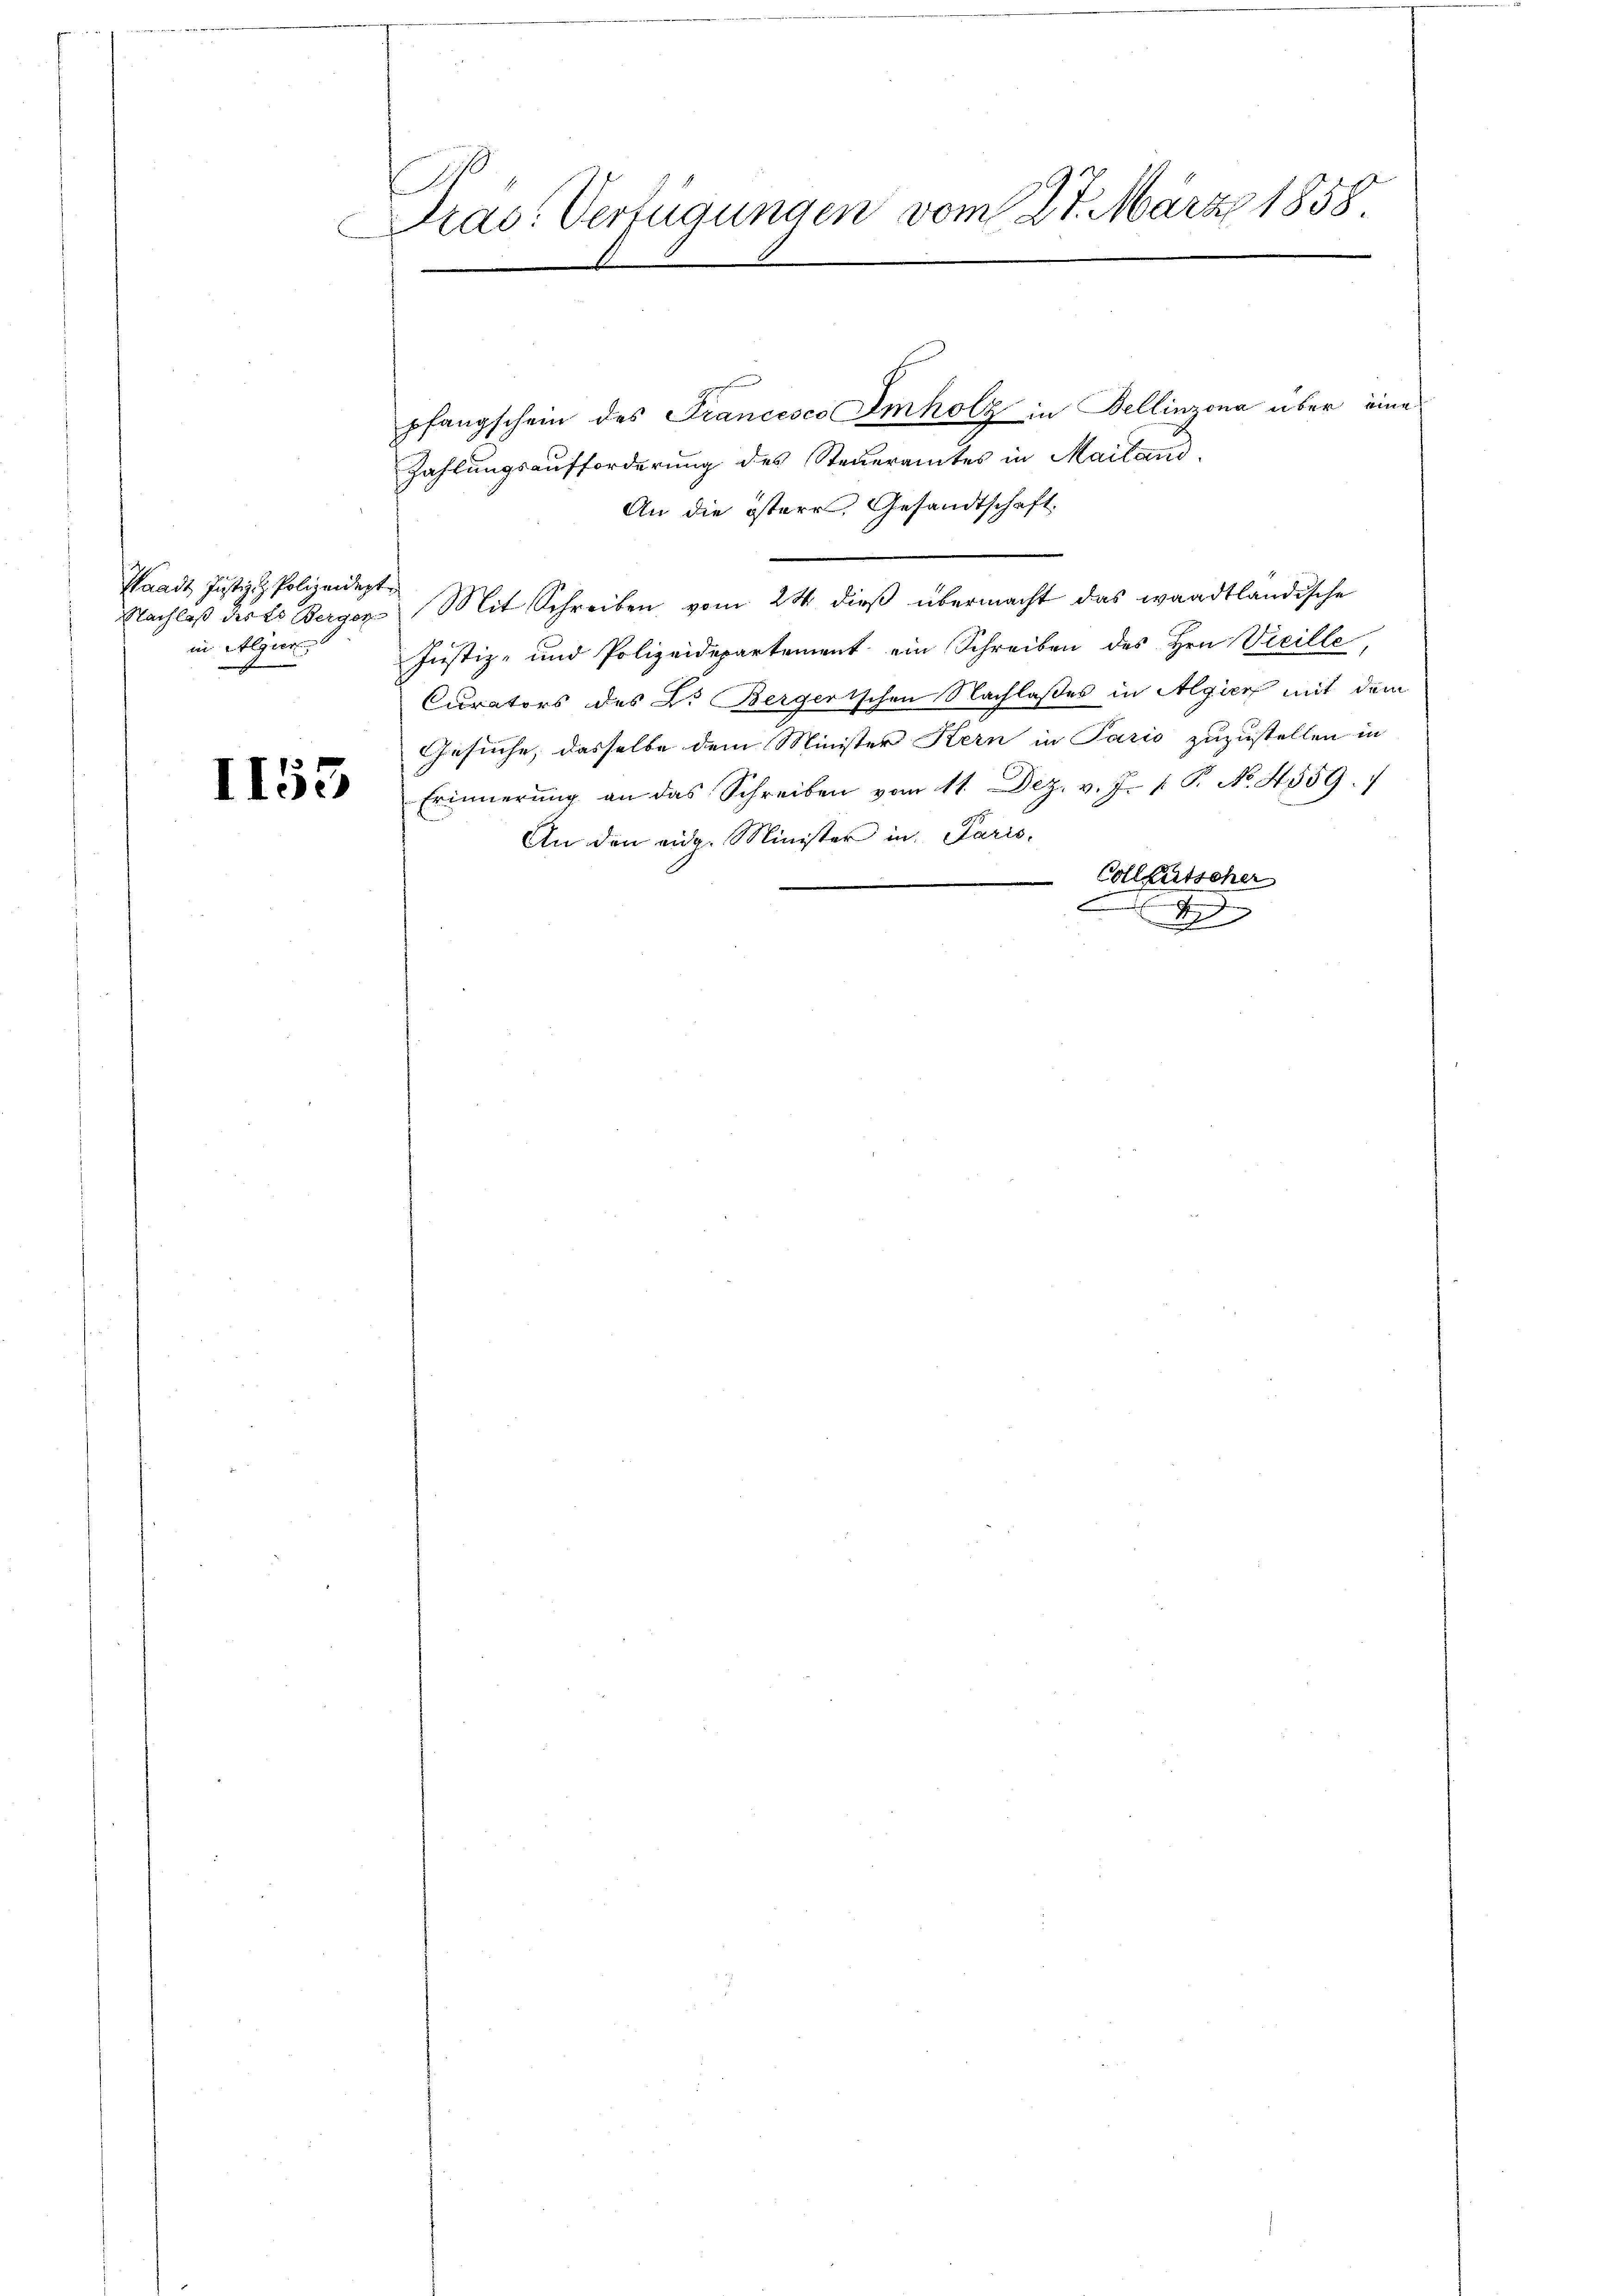
II55

Pras. Verfügungen vom 27. März 1858

h
pfangschein des Francesco Imholz in Bellinzona über eine
Zahlungsaufforderung des Steueramtes in Mailand.
An die österr, Gesandtschaft.
Nachlaß der E. Berger Mit Schreiben vom 24. dieß übermacht das waadtländische
Justiz- und Polizeidepartement ein Schreiben des Hrn. Vicille,
Curators des L. Bergerischen Nachlaßes in Algier mit dem
Gesuche, dasselbe dem Minister Kern in Paris zuzustellen in
Erinnerung an das Schreiben vom 11. Dez. v. J. P. No. 4559.
An den eidg. Minister in Paris.
Colletscher
4

Waadt Justiz & Polizeidept
in Algier